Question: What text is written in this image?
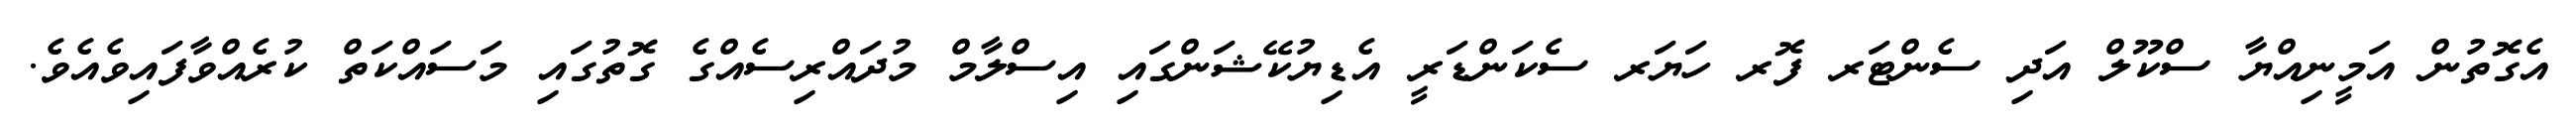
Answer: އެގޮތުން އަމީނިއްޔާ ސްކޫލް އަދި ސެންޓަރ ފޮރ ހަޔަރ ސެކަންޑަރީ އެޑިޔުކޭޝަންގައި އިސްލާމް މުދައްރިސެއްގެ ގޮތުގައި މަސައްކަތް ކުރެއްވާފައިވެއެވެ.